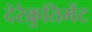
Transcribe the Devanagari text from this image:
देरेक्रुतिमेंट